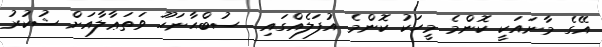
އޭގެ މާނައަކީ ކޮންމެ މީހަކު ކޮންމެ އުފަލެއްގައި  ސުބްޙާނަހޫ ވަތަޢާލާއަށް ޝުކުރު